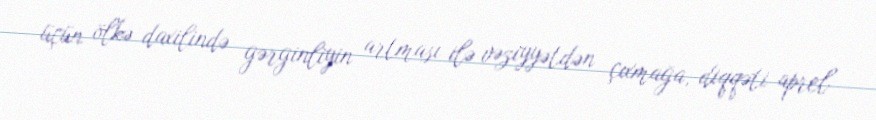
üçün ölkə daxilində gərginliyin artması ilə vəziyyətdən çıxmağa, diqqəti aprel